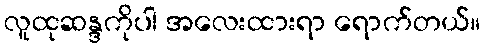
လူထုဆန္ဒကိုပါ အလေးထားရာ ရောက်တယ်။